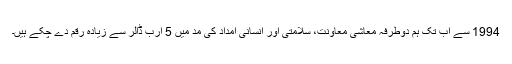
1994 سے اب تک ہم دوطرفہ معاشی معاونت، سلامتی اور انسانی امداد کی مد میں 5 ارب ڈالر سے زیادہ رقم دے چکے ہیں۔